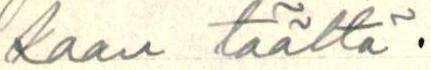
kaan täältä.